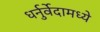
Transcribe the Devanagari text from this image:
धर्नुर्वेदामध्ये